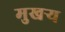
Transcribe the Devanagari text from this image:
मुखर्‍य